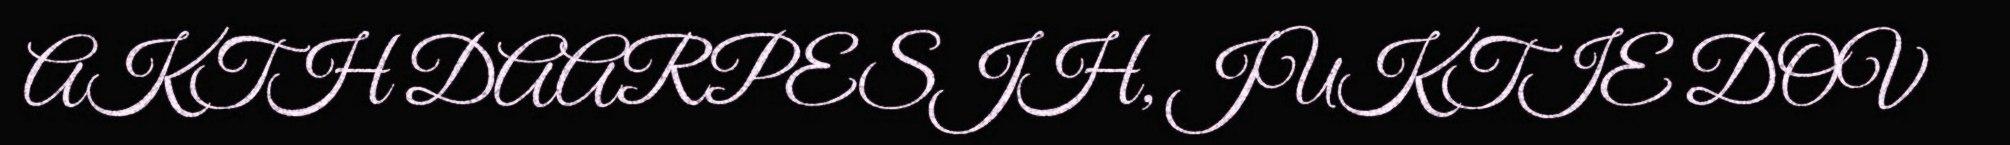
AKTH DAARPESJH, JUKTIE DOV